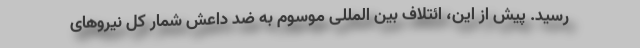
رسید. پیش از این، ائتلاف بین المللی موسوم به ضد داعش شمار کل نیروهای